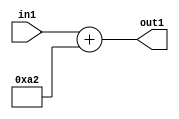
`timescale 1ps / 1ps
/*****************************************************************************
    Verilog RTL Description
    
    
    Created by: Stratus DpOpt 2019.1.01 
*******************************************************************************/

module DC_Filter_Add_12U_277_4 (
	in1,
	out1
	); /* architecture "behavioural" */ 
input [11:0] in1;
output [11:0] out1;
wire [11:0] asc001;

assign asc001 = 
	+(in1)
	+(12'B000010100010);

assign out1 = asc001;
endmodule

/* CADENCE  urnzTQ8= : u9/ySgnWtBlWxVPRXgAZ4Og= ** DO NOT EDIT THIS LINE ******/